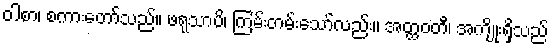
ဝါစာ၊ စကားတော်သည်။ ဖရုသာပိ၊ ကြမ်းတမ်းသော်လည်း။ အတ္ထဝတီ၊ အကျိုးရှိသည်